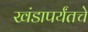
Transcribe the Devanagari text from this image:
खंडापर्यंतचे